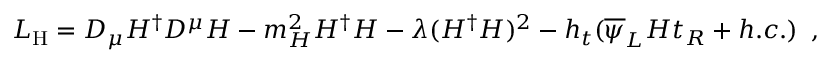
{ \cal L } _ { \mathrm { H } } = D _ { \mu } H ^ { \dagger } D ^ { \mu } H - m _ { H } ^ { 2 } H ^ { \dagger } H - \lambda ( H ^ { \dagger } H ) ^ { 2 } - h _ { t } ( \overline { { { \psi } } } _ { L } H t _ { R } + h . c . ) \, \, \, ,